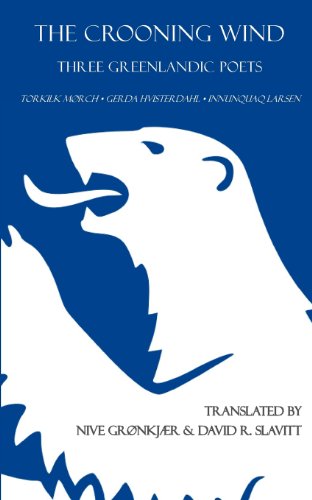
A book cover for The Crooning Wind: Three Greenlandic Poets; Travel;